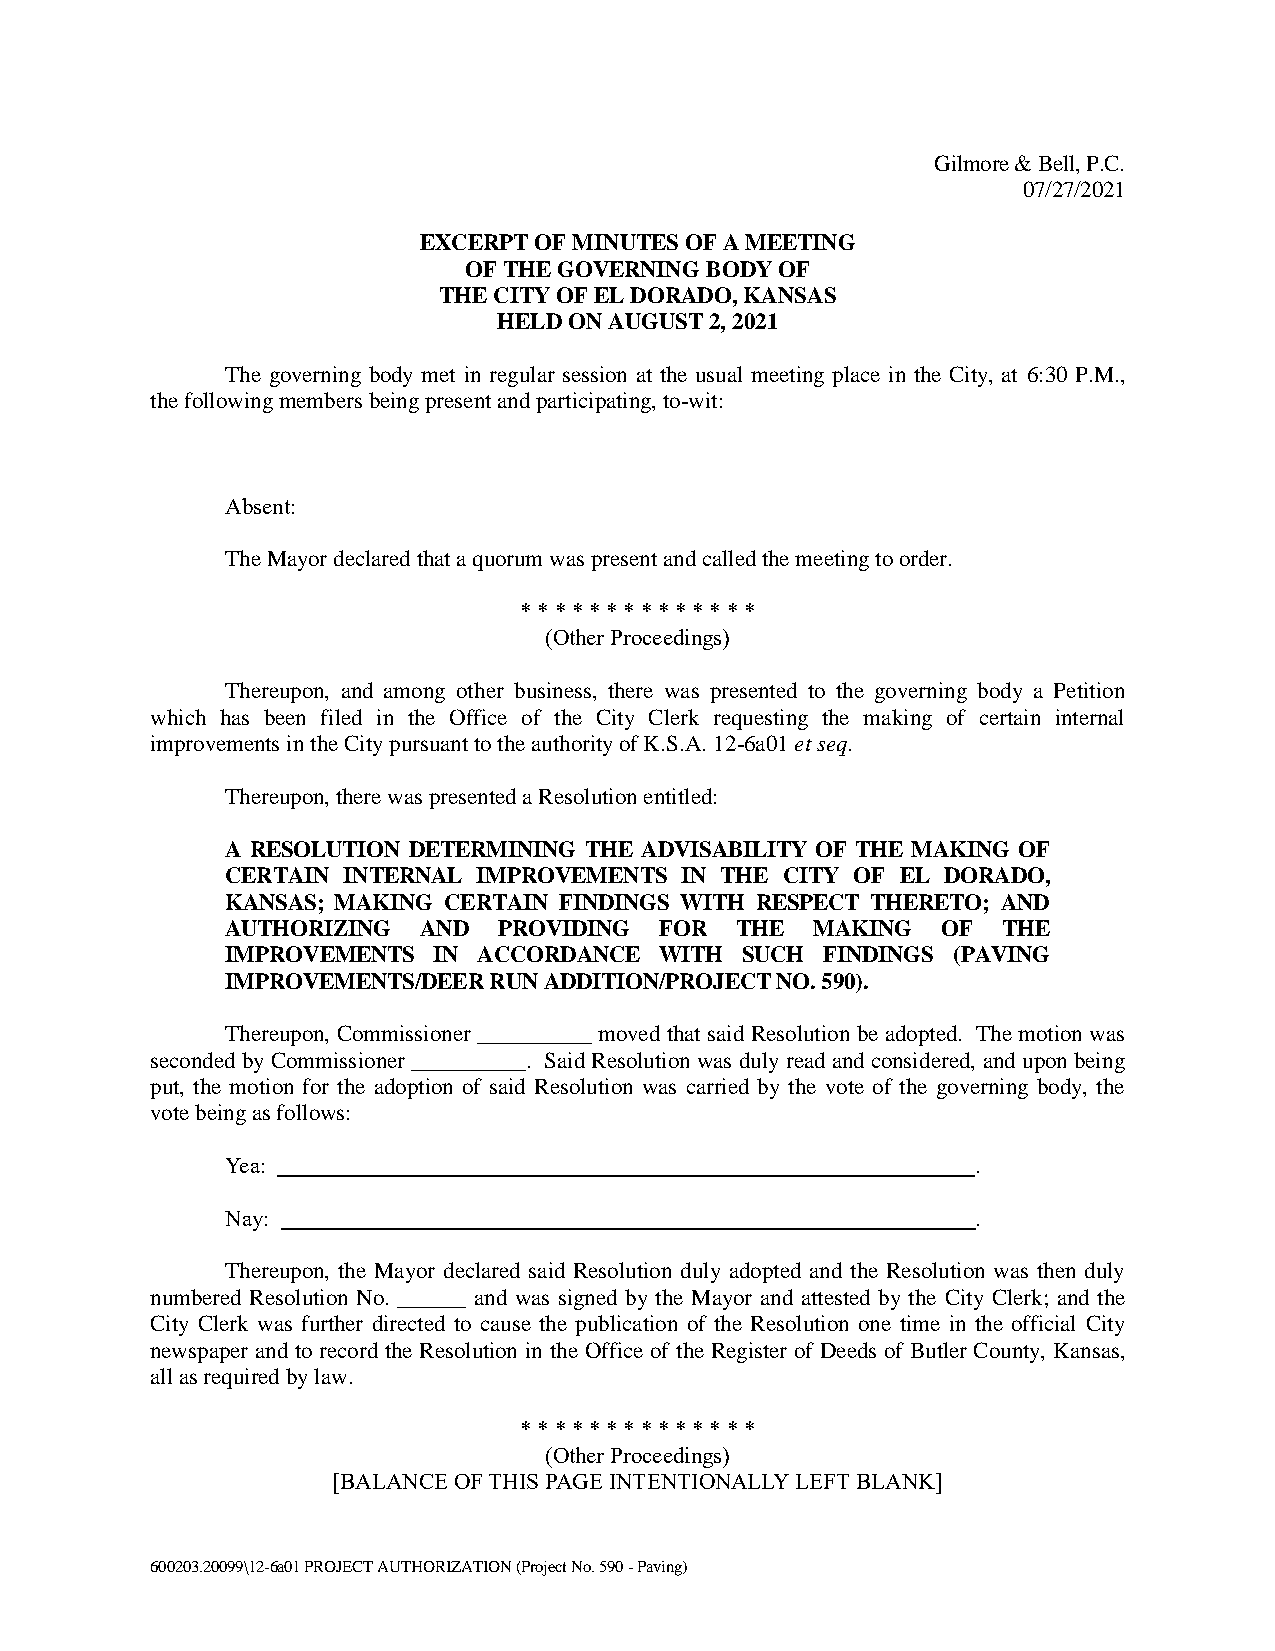
Gilmore & Bell, P.C.
 07/27/2021
 EXCERPT OF MINUTES OF A MEETING
 OF THE GOVERNING BODY OF
 THE CITY OF EL DORADO, KANSAS
 HELD ON AUGUST 2, 2021
 The governing body met in regular session at the usual meeting place in the City, at 6:30 P.M.,
 the following members being present and participating, to-wit:
 Absent:
 The Mayor declared that a quorum was present and called the meeting to order.
 * * * * * * * * * * * * * *
 (Other Proceedings)
 Thereupon, and among other business, there was presented to the governing body a Petition
 which has been filed in the Office of the City Clerk requesting the making of certain internal
 improvements in the City pursuant to the authority of K.S.A. 12-6a01 et seq.
 Thereupon, there was presented a Resolution entitled:
 A RESOLUTION DETERMINING THE ADVISABILITY OF THE MAKING OF
 CERTAIN INTERNAL IMPROVEMENTS IN THE CITY OF EL DORADO,
 KANSAS; MAKING CERTAIN FINDINGS WITH RESPECT THERETO; AND
 AUTHORIZING  AND  PROVIDING  FOR  THE  MAKING  OF  THE
 IMPROVEMENTS  IN ACCORDANCE  WITH SUCH  FINDINGS (PAVING
 IMPROVEMENTS/DEER RUN ADDITION/PROJECT NO. 590).
 Thereupon, Commissioner __________ moved that said Resolution be adopted. The motion was
 seconded by Commissioner __________. Said Resolution was duly read and considered, and upon being
 put, the motion for the adoption of said Resolution was carried by the vote of the governing body, the
 vote being as follows:
 Yea:                                              .
 Nay:                                              .
 Thereupon, the Mayor declared said Resolution duly adopted and the Resolution was then duly
 numbered Resolution No. ______ and was signed by the Mayor and attested by the City Clerk; and the
 City Clerk was further directed to cause the publication of the Resolution one time in the official City
 newspaper and to record the Resolution in the Office of the Register of Deeds of Butler County, Kansas,
 all as required by law.
 * * * * * * * * * * * * * *
 (Other Proceedings)
 [BALANCE OF THIS PAGE INTENTIONALLY LEFT BLANK]
 600203.20099\12-6a01 PROJECT AUTHORIZATION (Project No. 590 - Paving)